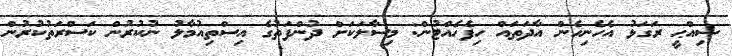
ޞިއްޙީ ރަގަޅު އެހެނިހެން އާދަތައް ހިފެހެއްޓުން: މިސާލަކަށް ދުންފަތުގެ އިސްތިއުމާލު ނުކުރުން ކަސްރަތުކުރުން